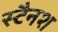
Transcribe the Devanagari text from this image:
स्टैनश